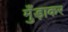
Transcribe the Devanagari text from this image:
मुँड़ाकर